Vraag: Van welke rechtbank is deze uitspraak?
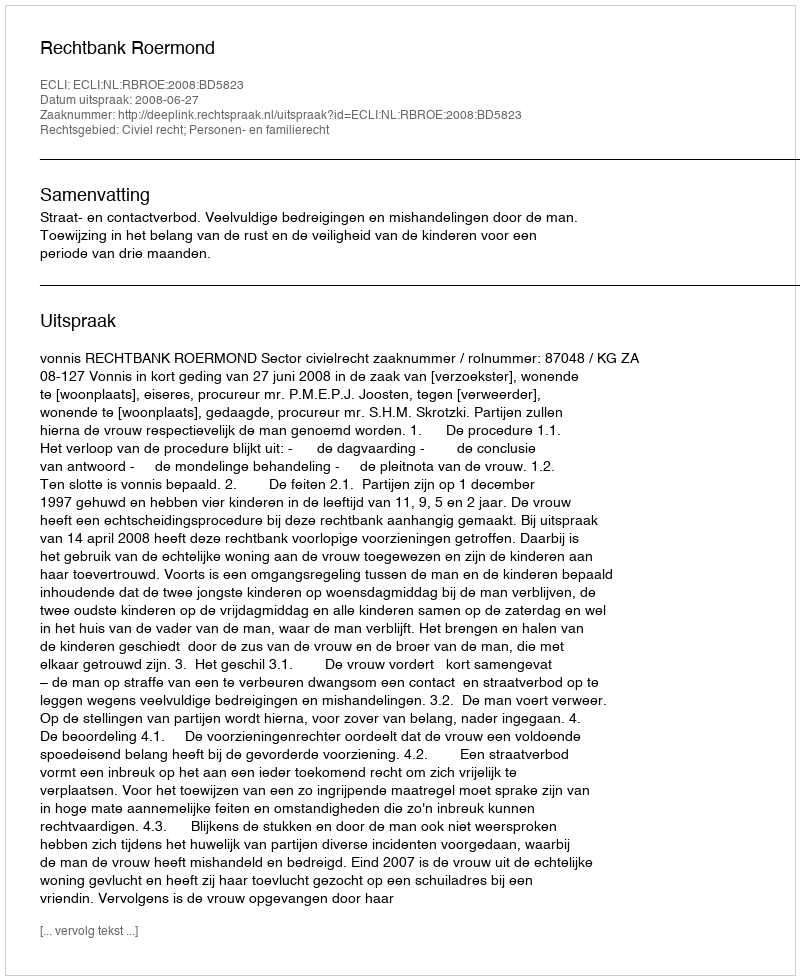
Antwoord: Rechtbank Roermond